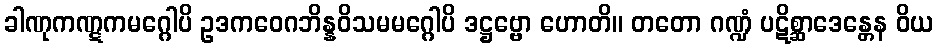
ခါဏုကဏ္ဋကမဂ္ဂေါပိ ဥဒကဝေဂဘိန္နဝိသမမဂ္ဂေါပိ ဒဋ္ဌဗ္ဗော ဟောတိ။ တတော ဂဏ္ဍံ ပဋိစ္ဆာဒေန္တေန ဝိယ